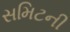
સમિટની